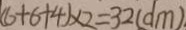
( 6 + 6 + 4 ) \times 2 = 3 2 ( d m )